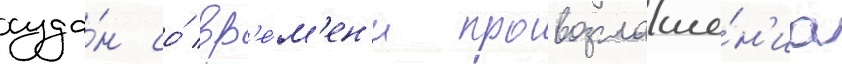
суда́н со́ вр'е́м'ен'и провозглаше́н'иа